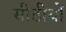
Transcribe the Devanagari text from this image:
सीडीयों